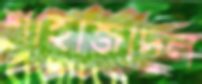
শাহাজাদুল